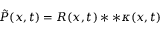
\tilde { P } ( x , t ) = R ( x , t ) * * \kappa ( x , t )